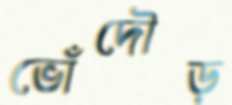
ভোঁদৌড়